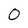
Character: 0